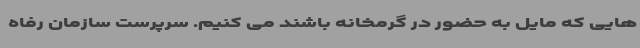
هایی که مایل به حضور در گرمخانه باشند می کنیم. سرپرست سازمان رفاه